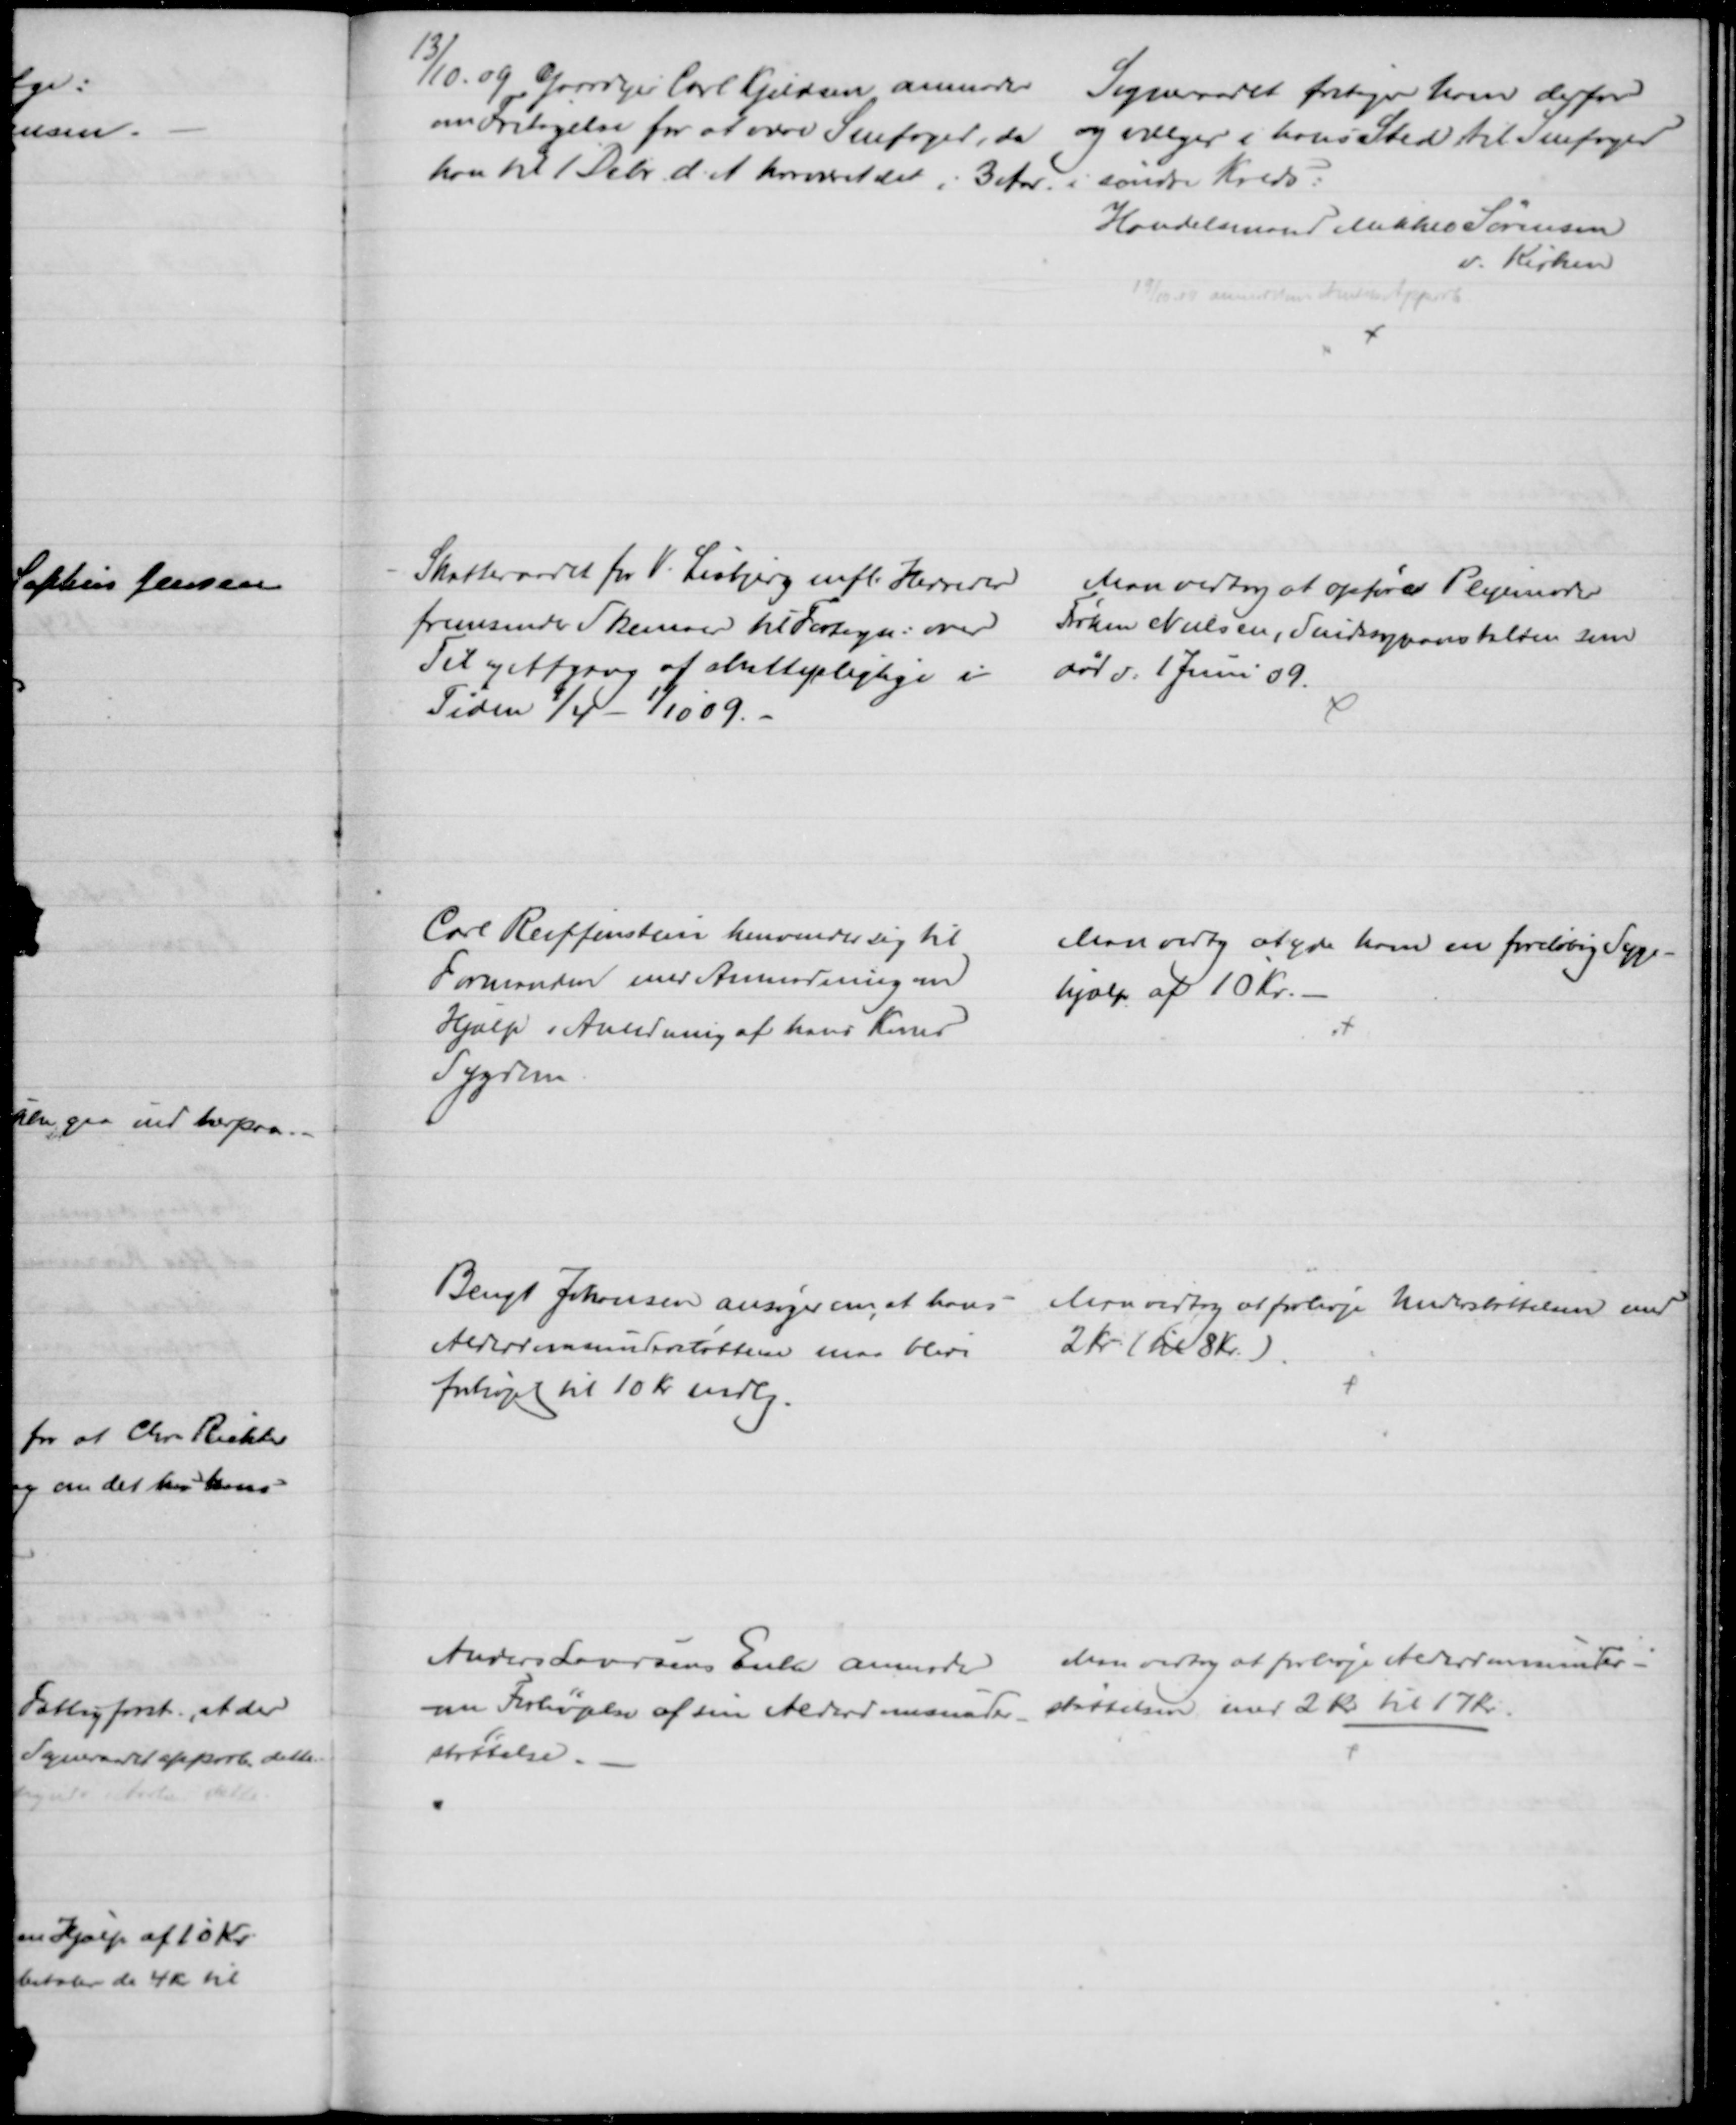
Transskription:
13/10. 09 Gaardejer Carl Kjeldsen anmoder 
om Fritagelse for at være Snefoged, da 
han til 1 Debr. d. A. har været det i 3 Aar.
Sogneraadet fritager ham derfor
og vælger i hans Sted til Snefoged
i søndre Kreds:
Handelsmand Mikkel Sørensen
v. Kirken
19/10 09 anmeldes Amtets Approb
Skatteraadet for V. Lisbjerg mfl. Herreder
fremsender Skemaer til Fortegn: over
Til og Afgang af skattepligtige i
Tiden 1/4 - 1/10 09.
Man vedtog at opføre Plejemoder
Frøken Nielsen, Sindssygeanstalten som
død d. 1 Juni 09
Carl Reiffenstein henvender sig til
Formanden med Anmodning om
Hjælp i Anledning af hans Kones
Sygdom.
Man vedtog at yde ham en foreløbig Syge-
hjælp af 10 Kr.
Bengt Johansen ansøger om, at hans 
Alderdomsunderstøttelse maa blive
forhøjet til 10 Kr mdlg.
Man vedtog at forhøje Understøttelsen med
2 Kr (til 8 Kr.)
Anders Laursens Enke anmoder
om Forhøjelse af sin Alderdomsunder-
støttelse.
Man vedtog at forhøje Alderdomsunder-
støttelsen med 2 Kr til 17 kr.